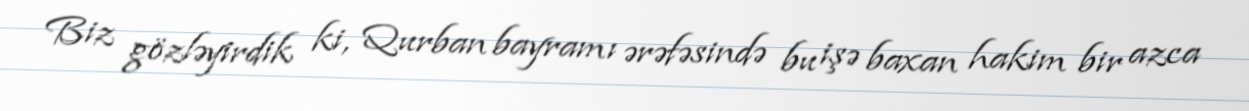
Biz gözləyirdik ki, Qurban bayramı ərəfəsində bu işə baxan hakim bir azca